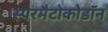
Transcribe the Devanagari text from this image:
स्परमैटोकोडॉन